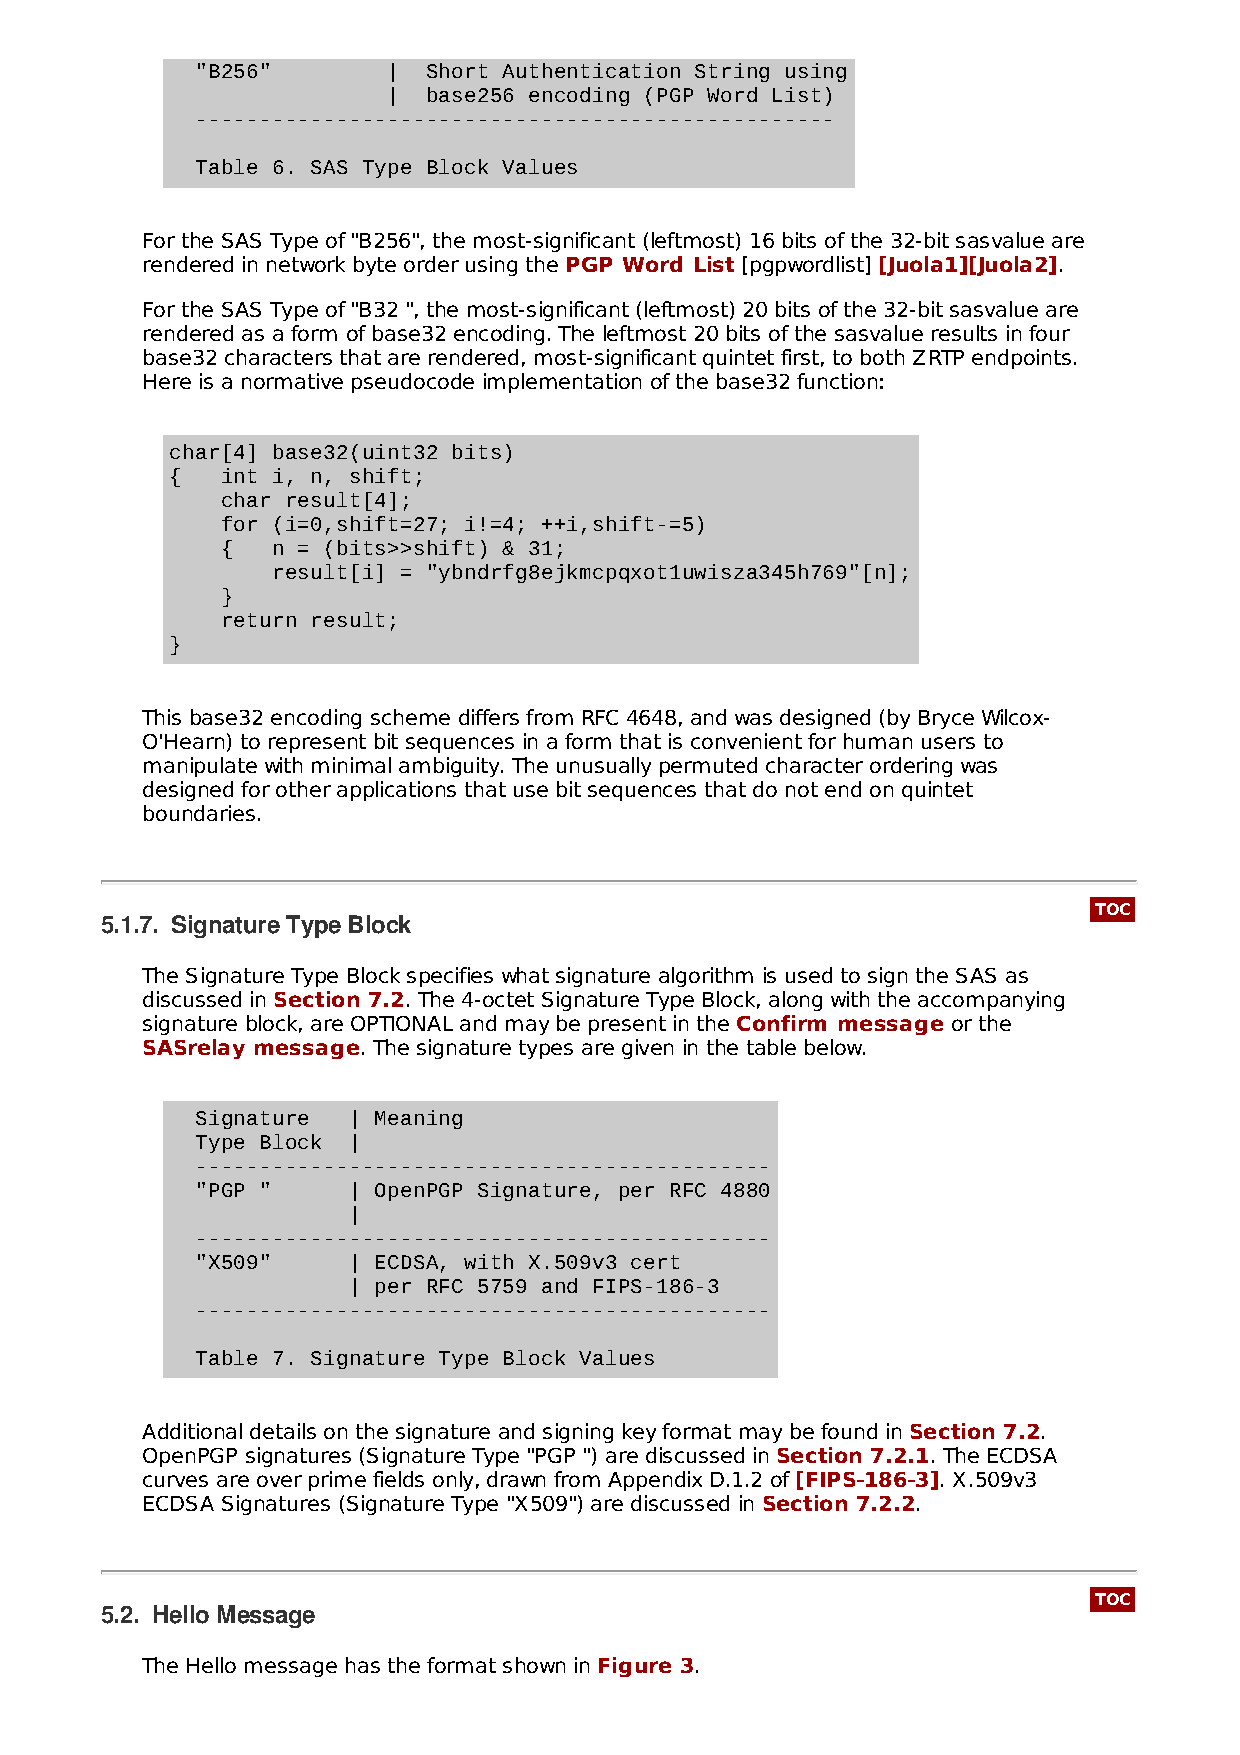
"B256"       | Short Authentication String using
 | base256 encoding (PGP Word List)
 --------------------------------------------------
 Table 6. SAS Type Block Values
 For the SAS Type of "B256", the most-significant (leftmost) 16 bits of the 32-bit sasvalue are
 rendered in network byte order using the PGP Word List [pgpwordlist] [Juola1][Juola2].
 For the SAS Type of "B32 ", the most-significant (leftmost) 20 bits of the 32-bit sasvalue are
 rendered as a form of base32 encoding. The leftmost 20 bits of the sasvalue results in four
 base32 characters that are rendered, most-significant quintet first, to both ZRTP endpoints.
 Here is a normative pseudocode implementation of the base32 function:
 char[4] base32(uint32 bits)
 {   int i, n, shift;
 char result[4];
 for (i=0,shift=27; i!=4; ++i,shift-=5)
 {  n = (bits>>shift) & 31;
 result[i] = "ybndrfg8ejkmcpqxot1uwisza345h769"[n];
 }
 return result;
 }
 This base32 encoding scheme differs from RFC 4648, and was designed (by Bryce Wilcox-
 O'Hearn) to represent bit sequences in a form that is convenient for human users to
 manipulate with minimal ambiguity. The unusually permuted character ordering was
 designed for other applications that use bit sequences that do not end on quintet
 boundaries.
 TOC
 5.1.7. Signature Type Block
 The Signature Type Block specifies what signature algorithm is used to sign the SAS as
 discussed in Section 7.2. The 4-octet Signature Type Block, along with the accompanying
 signature block, are OPTIONAL and may be present in the Confirm message or the
 SASrelay message. The signature types are given in the table below.
 Signature | Meaning
 Type Block |
 ---------------------------------------------
 "PGP "    | OpenPGP Signature, per RFC 4880
 |
 ---------------------------------------------
 "X509"    | ECDSA, with X.509v3 cert
 | per RFC 5759 and FIPS-186-3
 ---------------------------------------------
 Table 7. Signature Type Block Values
 Additional details on the signature and signing key format may be found in Section 7.2.
 OpenPGP signatures (Signature Type "PGP ") are discussed in Section 7.2.1. The ECDSA
 curves are over prime fields only, drawn from Appendix D.1.2 of [FIPS‑186‑3]. X.509v3
 ECDSA Signatures (Signature Type "X509") are discussed in Section 7.2.2.
 TOC
 5.2. Hello Message
 The Hello message has the format shown in Figure 3.